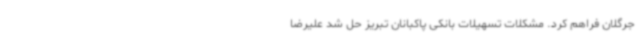
جرگلان فراهم کرد. مشکلات تسهیلات بانکی پاکبانان تبریز حل شد علیرضا